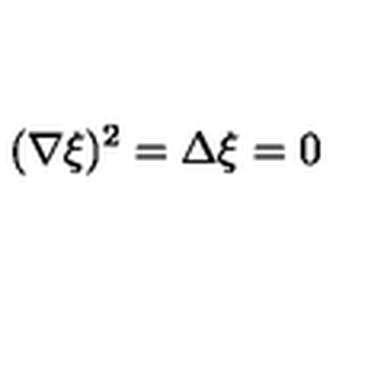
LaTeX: ( \nabla \xi ) ^ { 2 } = \Delta \xi = 0